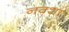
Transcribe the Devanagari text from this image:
नक्‍शा